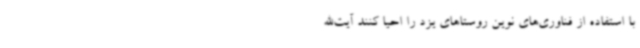
با استفاده از فناوری‌های نوین روستاهای یزد را احیا کنند آیت‌الله